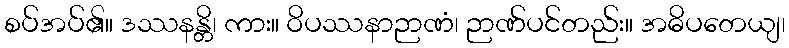
စပ်အပ်၏။ ဒဿနန္တိ၊ ကား။ ဝိပဿနာဉာဏံ၊ ဉာဏ်ပင်တည်း။ အဓိပတေယျ၊